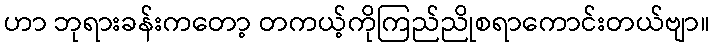
ဟာ ဘုရားခန်းကတော့ တကယ့်ကိုကြည်ညိုစရာကောင်းတယ်ဗျာ။